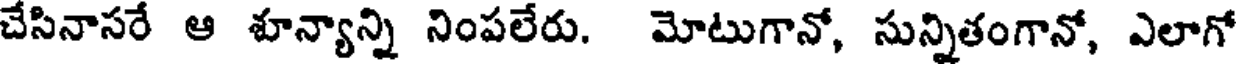
చేసినాసరే ఆ శూన్యాన్ని నింపలేరు. మోటుగానో, సున్నితంగానో, ఎలాగో